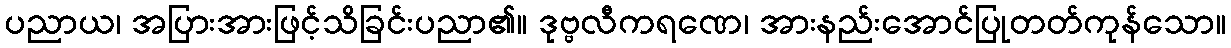
ပညာယ၊ အပြားအားဖြင့်သိခြင်းပညာ၏။ ဒုဗ္ဗလီကရဏေ၊ အားနည်းအောင်ပြုတတ်ကုန်သော။